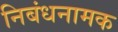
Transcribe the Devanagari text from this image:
निबंधनामक